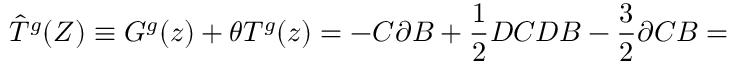
\hat { T } ^ { g } ( Z ) \equiv G ^ { g } ( z ) + \theta T ^ { g } ( z ) = - C \partial B + \frac { 1 } { 2 } D C D B - \frac { 3 } { 2 } \partial C B =